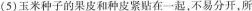
(5)玉米种子的果皮和种皮紧贴在一起，不易分开，所